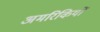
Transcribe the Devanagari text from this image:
अमरिकियों